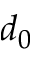
d _ { 0 }